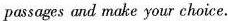
passages and make your choice.